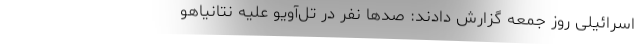
اسرائیلی روز جمعه گزارش دادند: صدها نفر در تل‌آویو علیه نتانیاهو